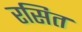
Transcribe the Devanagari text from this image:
रसित